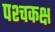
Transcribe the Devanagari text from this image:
पश्चकक्ष